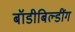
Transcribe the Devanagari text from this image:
बॉडीबिल्डींग